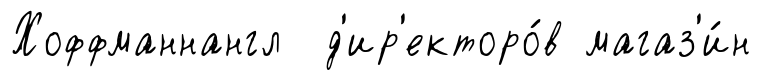
Хоффманнангл д'ир'екторо́в магаз'и́н